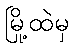
မြို့ထဲမှ